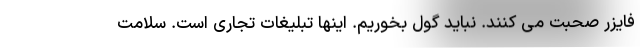
فایزر صحبت می کنند. نباید گول بخوریم. اینها تبلیغات تجاری است. سلامت